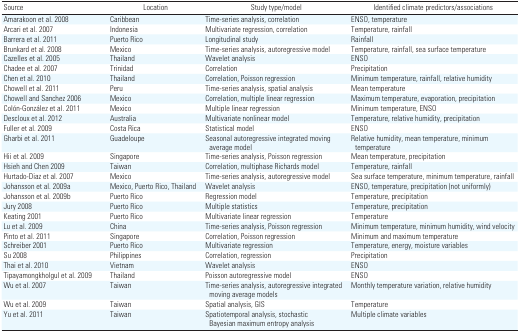
<table><thead><tr><td><b>Source</b></td><td><b>Location</b></td><td><b>Study type/model</b></td><td><b>Identified climate predictors/associations</b></td></tr></thead><tbody><tr><td><b>Amarakoon et al. 2008</b></td><td>Caribbean</td><td>Time-series analysis, correlation</td><td>ENSO, temperature</td></tr><tr><td><b>Arcari et al. 2007</b></td><td>Indonesia</td><td>Multivariate regression, correlation</td><td>Temperature, rainfall</td></tr><tr><td><b>Barrera et al. 2011</b></td><td>Puerto Rico</td><td>Longitudinal study</td><td>Rainfall</td></tr><tr><td><b>Brunkard et al. 2008</b></td><td>Mexico</td><td>Time-series analysis, autoregressive model</td><td>Temperature, rainfall, sea surface temperature</td></tr><tr><td><b>Cazelles et al. 2005</b></td><td>Thailand</td><td>Wavelet analysis</td><td>ENSO</td></tr><tr><td><b>Chadee et al. 2007</b></td><td>Trinidad</td><td>Correlation</td><td>Precipitation</td></tr><tr><td><b>Chen et al. 2010</b></td><td>Thailand</td><td>Correlation, Poisson regression</td><td>Minimum temperature, rainfall, relative humidity</td></tr><tr><td><b>Chowell et al. 2011</b></td><td>Peru</td><td>Time-series analysis, spatial analysis</td><td>Mean temperature</td></tr><tr><td><b>Chowell and Sanchez 2006</b></td><td>Mexico</td><td>Correlation, multiple linear regression</td><td>Maximum temperature, evaporation, precipitation</td></tr><tr><td><b>Colón-González et al. 2011</b></td><td>Mexico</td><td>Multiple linear regression</td><td>Minimum temperature, ENSO</td></tr><tr><td><b>Descloux et al. 2012</b></td><td>Australia</td><td>Multivariate nonlinear model</td><td>Temperature, relative humidity, precipitation</td></tr><tr><td><b>Fuller et al. 2009</b></td><td>Costa Rica</td><td>Statistical model</td><td>ENSO</td></tr><tr><td><b>Gharbi et al. 2011</b></td><td>Guadeloupe</td><td>Seasonal autoregressive integrated moving average model</td><td>Relative humidity, mean temperature, minimum temperature</td></tr><tr><td><b>Hii et al. 2009</b></td><td>Singapore</td><td>Time-series analysis, Poisson regression</td><td>Mean temperature, precipitation</td></tr><tr><td><b>Hsieh and Chen 2009</b></td><td>Taiwan</td><td>Correlation, multiphase Richards model</td><td>Temperature, rainfall</td></tr><tr><td><b>Hurtado-Diaz et al. 2007</b></td><td>Mexico</td><td>Time-series analysis, autoregressive model</td><td>Sea surface temperature, minimum temperature, rainfall</td></tr><tr><td><b>Johansson et al. 2009a</b></td><td>Mexico, Puerto Rico, Thailand</td><td>Wavelet analysis</td><td>ENSO, temperature, precipitation (not uniformly)</td></tr><tr><td><b>Johansson et al. 2009b</b></td><td>Puerto Rico</td><td>Regression model</td><td>Temperature, precipitation</td></tr><tr><td><b>Jury 2008</b></td><td>Puerto Rico</td><td>Multiple statistics</td><td>Temperature, precipitation</td></tr><tr><td><b>Keating 2001</b></td><td>Puerto Rico</td><td>Multivariate linear regression</td><td>Temperature</td></tr><tr><td><b>Lu et al. 2009</b></td><td>China</td><td>Time-series analysis, Poisson regression</td><td>Minimum temperature, minimum humidity, wind velocity</td></tr><tr><td><b>Pinto et al. 2011</b></td><td>Singapore</td><td>Correlation, Poisson regression</td><td>Minimum and maximum temperature</td></tr><tr><td><b>Schreiber 2001</b></td><td>Puerto Rico</td><td>Multivariate regression</td><td>Temperature, energy, moisture variables</td></tr><tr><td><b>Su 2008</b></td><td>Philippines</td><td>Correlation, regression</td><td>Precipitation</td></tr><tr><td><b>Thai et al. 2010</b></td><td>Vietnam</td><td>Wavelet analysis</td><td>ENSO</td></tr><tr><td><b>Tipayamongkholgul et al. 2009</b></td><td>Thailand</td><td>Poisson autoregressive model</td><td>ENSO</td></tr><tr><td><b>Wu et al. 2007</b></td><td>Taiwan</td><td>Time-series analysis, autoregressive integrated moving average models</td><td>Monthly temperature variation, relative humidity</td></tr><tr><td><b>Wu et al. 2009</b></td><td>Taiwan</td><td>Spatial analysis, GIS</td><td>Temperature</td></tr><tr><td><b>Yu et al. 2011</b></td><td>Taiwan</td><td>Spatio­temporal analysis, stochastic Bayesian maximum entropy analysis</td><td>Multiple climate variables</td></tr></tbody></table>